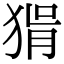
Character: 𤟕